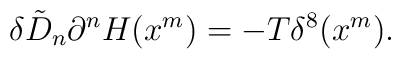
\delta \tilde{D}_{n}\partial^{n} H(x^m) = - T \delta^{8}(x^{m}).